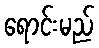
ရောင်းမည်